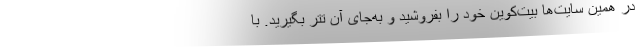
در همین سایت‌ها بیت‌کوین خود را بفروشید و به‌جای آن تتر بگیرید. با